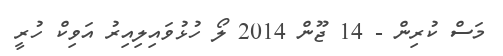
މަސް ކުރިން - 14 ޖޫން 2014 ލޯ ހުޅުވައިލިއިރު އަވިކް ހުރީ